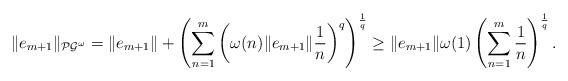
LaTeX: \begin{align*}\|e_{m+1}\|_{\mathcal{PG}^{\omega}}=\|e_{m+1}\|+\left(\sum_{n=1}^{m}\left(\omega(n)\|e_{m+1}\|\frac{1}{n}\right)^{q}\right)^{\frac{1}{q}}\ge \|e_{m+1}\|\omega(1)\left(\sum_{n=1}^{m}\frac{1}{n}\right)^{\frac{1}{q}}. \end{align*}